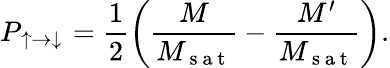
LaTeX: P_{\uparrow\to\downarrow}=\frac{1}{2}\left(\frac{M}{M_{\mathrm{~s~a~t~}}}-\frac{M^{\prime}}{M_{\mathrm{~s~a~t~}}}\right).